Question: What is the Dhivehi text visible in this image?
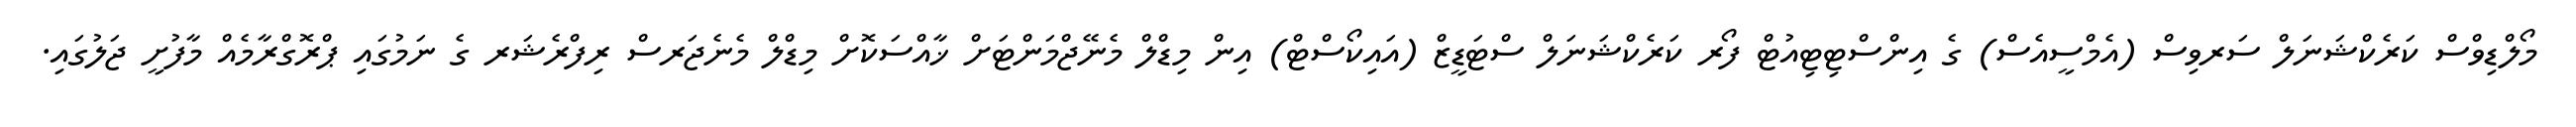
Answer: މޯލްޑިވްސް ކަރެކްޝަނަލް ސަރވިސް (އެމްސީއެސް) ގެ އިންސްޓިޓިއުޓް ފޯރ ކަރެކްޝަނަލް ސްޓަޑީޒް (އައިކޯސްޓް) އިން މިޑްލް މެނޭޖްމަންޓަށް ޚާއްސަކޮށް މިޑްލް މެނެޖަރސް ރިފްރެޝަރ ގެ ނަމުގައި ޕްރޮގްރާމެއް މާފުށީ ޖަލުގައި.